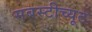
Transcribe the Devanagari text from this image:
सबस्टीच्यूट